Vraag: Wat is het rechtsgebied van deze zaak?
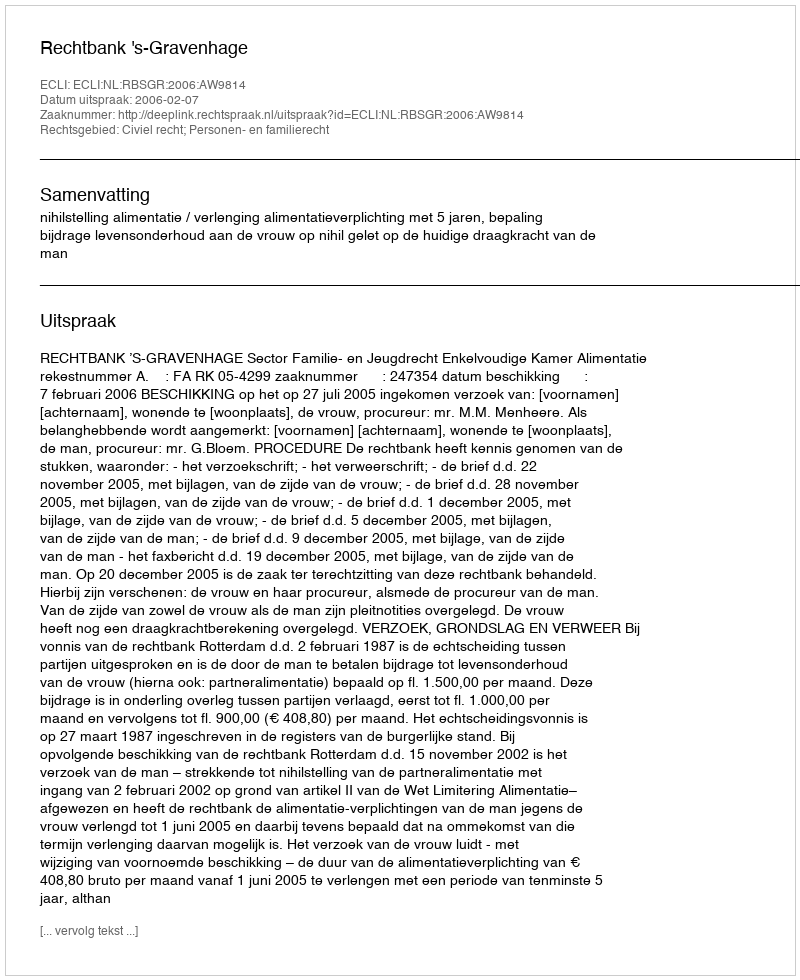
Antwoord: Civiel recht; Personen- en familierecht